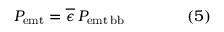
P _ { \mathrm { { e m t } } } = { \overline { { \epsilon } } } \, P _ { \mathrm { { e m t \, b b } } } \qquad \qquad ( 5 )